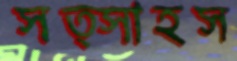
সত্সাহস